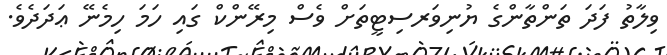
ވިލާތު ފަދަ ތަންތާންގެ ޔުނިވަރސިޓީތަށް ވެސް މިރޭންކް ގައި ހަމަ ހިމެނޭ ޢަދަދެވެ.